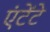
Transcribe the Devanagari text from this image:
एंटेंटे